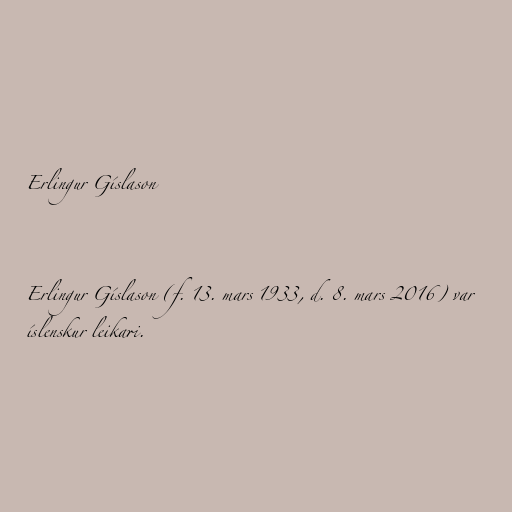
Erlingur Gíslason

Erlingur Gíslason (f. 13. mars 1933, d. 8. mars 2016) var
íslenskur leikari.